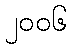
၂၀၀၆